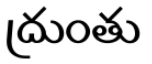
ద్రుంతు